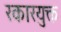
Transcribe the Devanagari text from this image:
रकारयुक्त